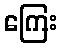
ကြေး